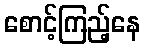
စောင့်ကြည့်နေ